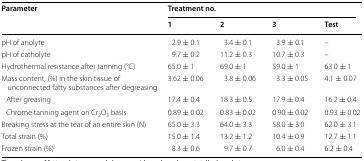
<table><thead><tr><td rowspan="2"><b>Parameter</b></td><td colspan="4"><b>Treatment no.</b></td></tr><tr><td><b>1</b></td><td><b>2</b></td><td><b>3</b></td><td><b>Test</b></td></tr></thead><tbody><tr><td>pH of anolyte</td><td>2.9 ± 0.1</td><td>3.4 ± 0.1</td><td>3.9 ± 0.1</td><td>–</td></tr><tr><td>pH of catholyte</td><td>9.7 ± 0.2</td><td>11.2 ± 0.3</td><td>10.7 ± 0.3</td><td>–</td></tr><tr><td>Hydrothermal resistance after tanning (°C)</td><td>65.0 ± 1</td><td>69.0 ± 1</td><td>59.0 ± 1</td><td>63.0 ± 1</td></tr><tr><td>Mass content, (%) in the skin tissue of unconnected fatty substances after degreasing</td><td>3.62 ± 0.06</td><td>3.8 ± 0.06</td><td>3.3 ± 0.05</td><td>4.1 ± 0.07</td></tr><tr><td> After greasing</td><td>17.4 ± 0.4</td><td>18.3 ± 0.5</td><td>17.9 ± 0.4</td><td>16.2 ± 0.4</td></tr><tr><td> Chrome tanning agent on Cr<sub>2</sub>O<sub>3</sub> basis</td><td>0.89 ± 0.02</td><td>0.83 ± 0.02</td><td>0.90 ± 0.02</td><td>0.93 ± 0.02</td></tr><tr><td>Breaking stress at the tear of an entire skin (N)</td><td>65.0 ± 3.3</td><td>64.0 ± 3.3</td><td>58.0 ± 3.0</td><td>62.0 ± 3.1</td></tr><tr><td>Total strain (%)</td><td>15.0 ± 1.4</td><td>13.2 ± 1.2</td><td>10.4 ± 0.9</td><td>12.7 ± 1.1</td></tr><tr><td>Frozen strain (%)</td><td>8.3 ± 0.6</td><td>9.7 ± 0.7</td><td>6.0 ± 0.4</td><td>6.2 ± 0.4</td></tr></tbody></table>